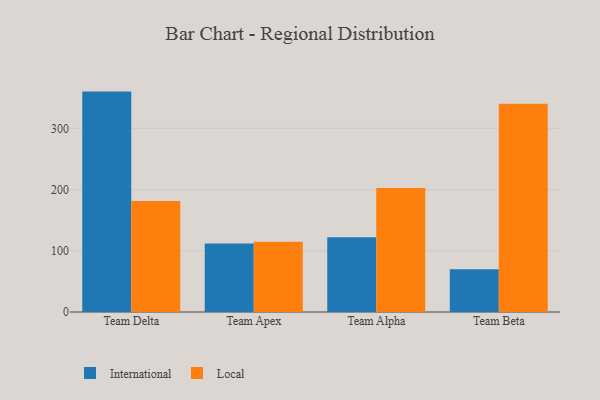
{"axis": {"x": "Team", "y": "Inventory Turnover"}, "legend": ["International", "Local"], "data": [{"x": "Team Delta", "y": 360.0, "type": "International"}, {"x": "Team Delta", "y": 181.5, "type": "Local"}, {"x": "Team Apex", "y": 111.9, "type": "International"}, {"x": "Team Apex", "y": 114.9, "type": "Local"}, {"x": "Team Alpha", "y": 122.0, "type": "International"}, {"x": "Team Alpha", "y": 202.4, "type": "Local"}, {"x": "Team Beta", "y": 69.7, "type": "International"}, {"x": "Team Beta", "y": 340.0, "type": "Local"}]}